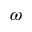
\omega